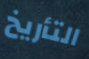
التأريخ